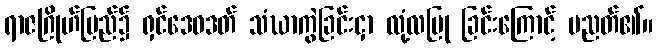
ရာဇဂြိုဟ်ပြည်၌ ရှင်ဒေဝဒတ် သံဃာကွဲခြင်းငှာ လုံ့လပြု ခြင်းကြောင့် ပညတ်၏။